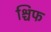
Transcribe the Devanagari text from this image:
श्चिफ